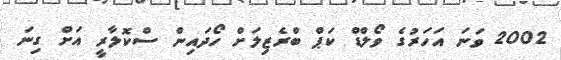
2002 ވަނަ އަހަރުގެ ވޯލްޑް ކަޕް ބްރެޒިލަށް ހޯދައިން ސްކޮލާރީ އަށް ގިނަ